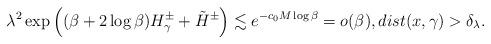
LaTeX: \begin{align*}\lambda^2\exp\left((\beta+2\log\beta) H_\gamma^\pm+\tilde H^\pm\right)\lesssim e^{-c_0M\log\beta}=o(\beta),\mathop{dist}(x, \gamma)>\delta_\lambda.\end{align*}